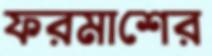
ফরমাশের